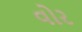
વોર